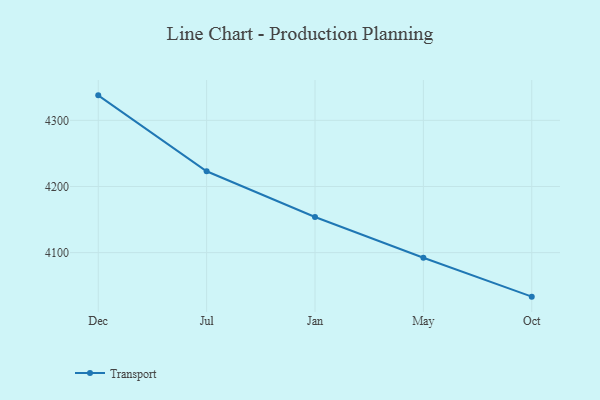
{"axis": {"x": "Month", "y": "Temperature (°C)"}, "legend": ["Transport"], "data": [{"x": "Dec", "y": 4337.8, "type": "Transport"}, {"x": "Jul", "y": 4223.0, "type": "Transport"}, {"x": "Jan", "y": 4153.8, "type": "Transport"}, {"x": "May", "y": 4092.2, "type": "Transport"}, {"x": "Oct", "y": 4033.4, "type": "Transport"}]}